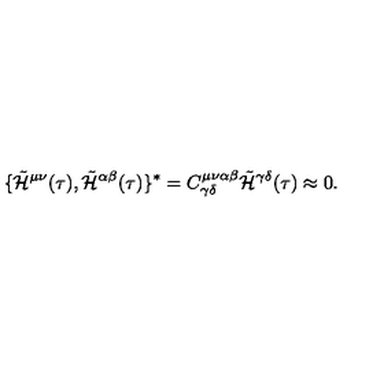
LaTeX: \lbrace { \tilde { \cal H } } ^ { \mu \nu } ( \tau ) , { \tilde { \cal H } } ^ { \alpha \beta } ( \tau ) \rbrace { } ^ { * } = C _ { \gamma \delta } ^ { \mu \nu \alpha \beta } { \tilde { \cal H } } ^ { \gamma \delta } ( \tau ) \approx 0 .